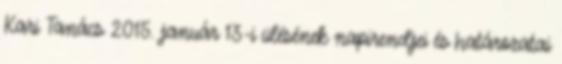
Kari Tanács 2015. január 13-i ülésének napirendjei és határozatai